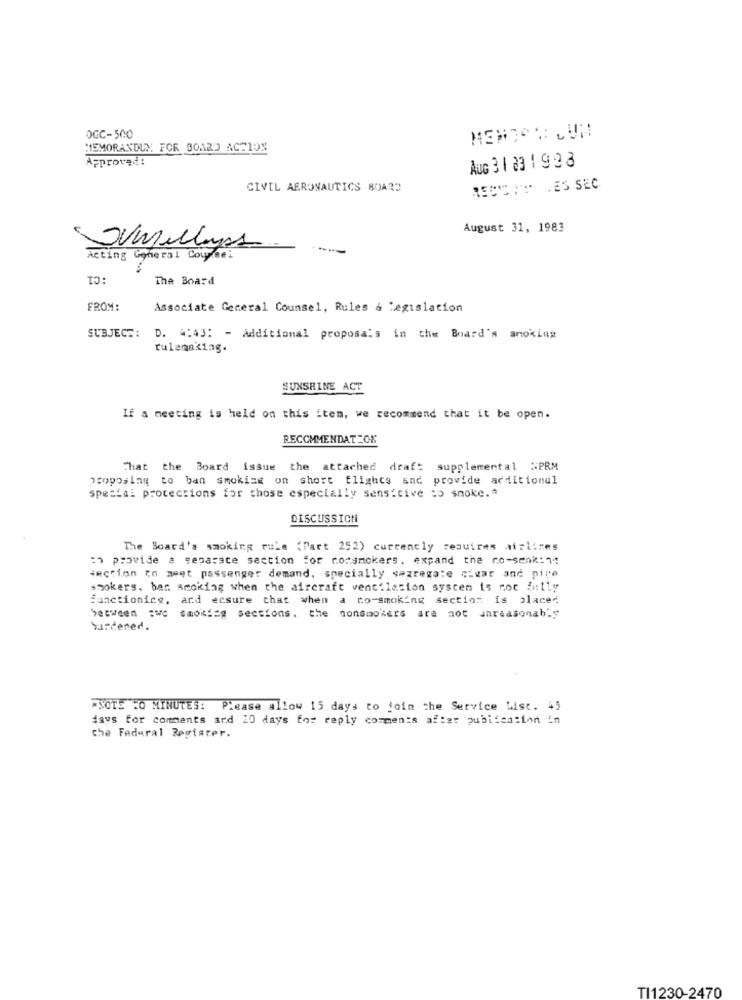
OGC-500
MEMORANDUM FOR BOARD ACETON
Approved:
AUG 31 23 1 99 3
CIVIL AERONAUTICS BOARD
RECHT: . ES SEC
August 31, 1983
Jumelles
Acting General Counsel
C1
The Board
FROM:
Associate General Counsel, Rules & Legislation
SUBJECT:
D. 4:43: - Additional proposals in the Board's smoking
rulemaking.
SUNSHINE ACT
If a meeting is held on this item, we recommend that it be open.
RECOMMENDAT-OK
That the Board issue the attached draft
supplemental :PRM
proposing to ban smoking on short flights and provide additional
special protections for those especially sensitive to smoke .*
DISCUSSION
The Board's smoking rule (Part 252) currently requires airlines
En provide a separate section for nonsmokers, expand the ro-seok:11
section to meet passenger demand, specially segregate cigar and pipe
smokers, ban smoking when the aircraft ventilation system is not fully
functioning, and ecsure that when a no-smoking section is placed
between :we smoking sections. the nonsmokers are not unreasonably
burdened.
*NOTS :0 MINUTES: Please allow 15 days to join the Service List. 45
days for comments and 20 days for reply comments after publication in
the Federal Register.
TI1230-2470